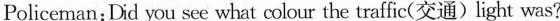
Policeman:Did you see what colour the traffic(交通)light was?